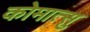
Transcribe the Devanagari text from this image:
कोमात्सु